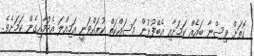
ގޮތަށް ވިސްނާ ބައެއް ކަމަށާއި އެބޭފުޅުން މަސައްކަތް ކުރައްވަނީ އަމިއްލަ އެދުމާއިގެން ކަމަށެވެ.